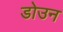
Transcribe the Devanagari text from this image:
डोउन